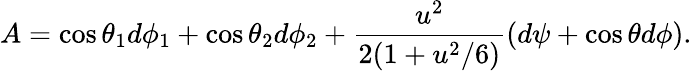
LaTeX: A=\cos{\theta_{1}}d\phi_{1}+\cos{\theta_{2}}d\phi_{2}+{\frac{u^{2}}{2(1+u^{2}/6)}}(d\psi+\cos\theta d\phi).